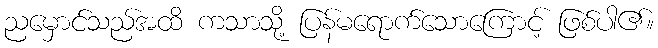
ညမှောင်သည်အထိ ကသာသို့ ပြန်မရောက်သောကြောင့် ဖြစ်ပါ၏။